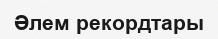
Әлем рекордтары